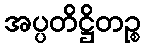
အပ္ပတိဋ္ဌိတဉ္စ